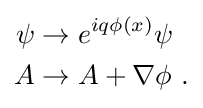
{\begin{aligned}\psi &\rightarrow e^{iq\phi (x)}\psi \\A&\rightarrow A+\nabla \phi ~.\end{aligned}}